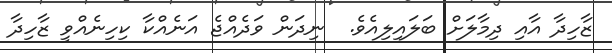
ޒާހިދާ އާއި ދިމާލަށް ބަލައިލިއެވެ.  ނިދަން ވަދެއްޖެ އަނެއްކާ ކިހިނެއްވީ ޒާހިދާ